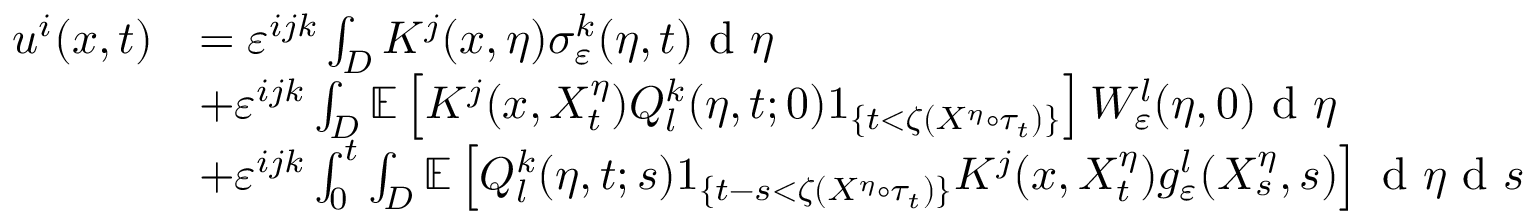
\begin{array} { r l } { u ^ { i } ( x , t ) } & { = \varepsilon ^ { i j k } \int _ { D } K ^ { j } ( x , \eta ) \sigma _ { \varepsilon } ^ { k } ( \eta , t ) \textrm { d } \eta } \\ & { + \varepsilon ^ { i j k } \int _ { D } \mathbb { E } \left[ K ^ { j } ( x , X _ { t } ^ { \eta } ) Q _ { l } ^ { k } ( \eta , t ; 0 ) 1 _ { \{ t < \zeta ( X ^ { \eta } \circ \tau _ { t } ) \} } \right] W _ { \varepsilon } ^ { l } ( \eta , 0 ) \textrm { d } \eta } \\ & { + \varepsilon ^ { i j k } \int _ { 0 } ^ { t } \int _ { D } \mathbb { E } \left[ Q _ { l } ^ { k } ( \eta , t ; s ) 1 _ { \{ t - s < \zeta ( X ^ { \eta } \circ \tau _ { t } ) \} } K ^ { j } ( x , X _ { t } ^ { \eta } ) g _ { \varepsilon } ^ { l } ( X _ { s } ^ { \eta } , s ) \right] \textrm { d } \eta \textrm { d } s } \end{array}